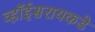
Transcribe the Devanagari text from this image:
व्हॉईसरायकडे